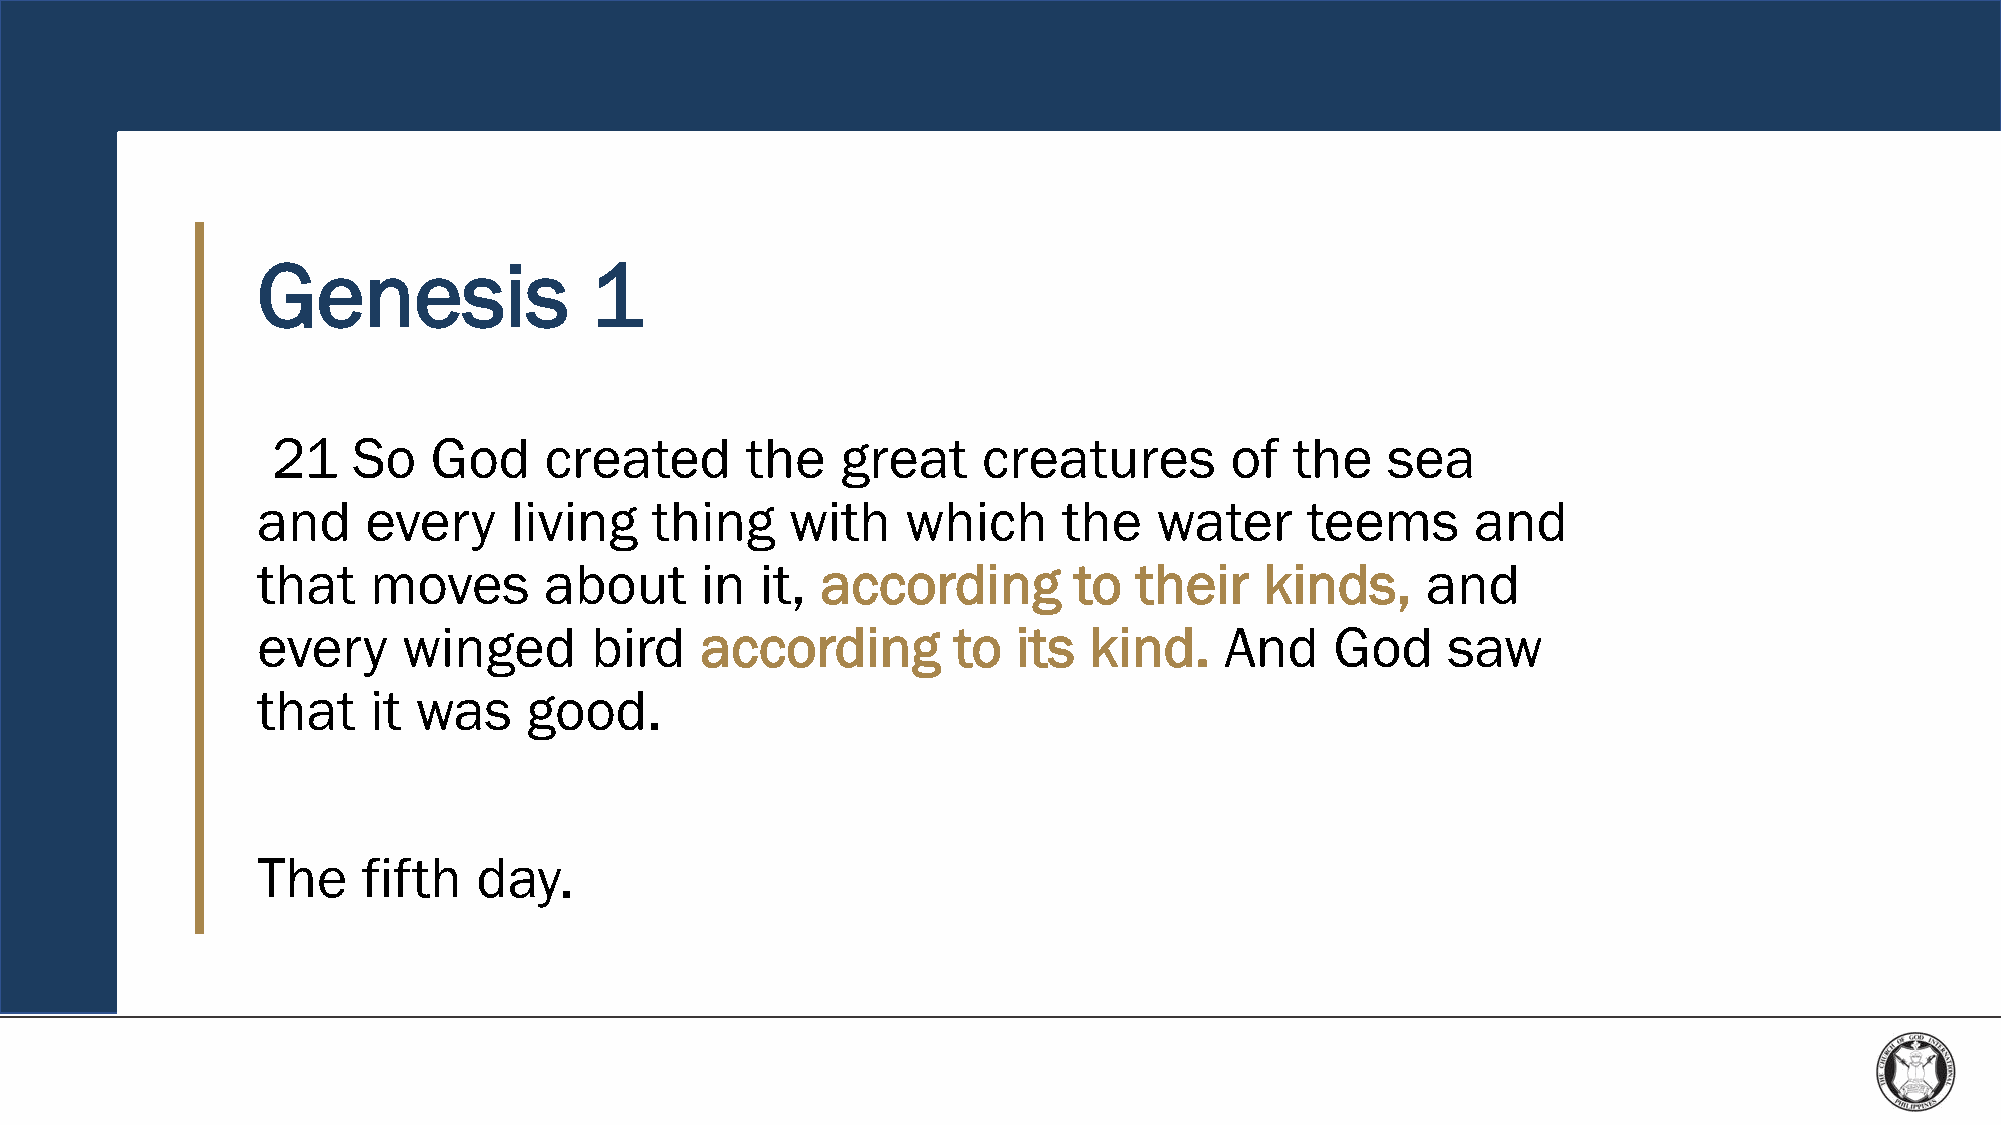
Genesis               1
 21   So    God    created      the    great    creatures       of   the   sea
 and    every     living   thing    with    which     the    water    teems       and
 that   moves       about     in  it, according        to  their    kinds,    and
 every     winged      bird   according        to  its  kind.    And    God     saw
 that   it  was    good.
 The    fifth   day.